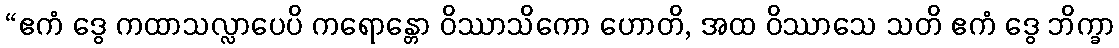
“ဧကံ ဒွေ ကထာသလ္လာပေပိ ကရောန္တော ဝိဿာသိကော ဟောတိ, အထ ဝိဿာသေ သတိ ဧကံ ဒွေ ဘိက္ခာ